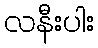
လနီးပါး